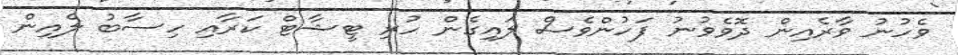
ވެހުނު ވާރެއިން ދޮވެވުނު ފަހުންވެސް ލައިގެން ހުރި ޓީޝާޓް ކަރާއި ހިސާބު ލެއިން